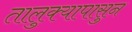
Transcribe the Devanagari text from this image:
तालुक्यापासुन